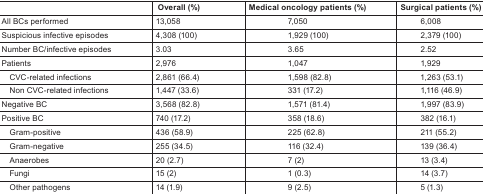
<table><thead><tr><td></td><td><b>Overall (%)</b></td><td><b>Medical oncology patients (%)</b></td><td><b>Surgical patients (%)</b></td></tr></thead><tbody><tr><td>All BCs performed</td><td>13,058</td><td>7,050</td><td>6,008</td></tr><tr><td>Suspicious infective episodes</td><td>4,308 (100)</td><td>1,929 (100)</td><td>2,379 (100)</td></tr><tr><td>Number BC/infective episodes</td><td>3.03</td><td>3.65</td><td>2.52</td></tr><tr><td>Patients</td><td>2,976</td><td>1,047</td><td>1,929</td></tr><tr><td>CVC-related infections</td><td>2,861 (66.4)</td><td>1,598 (82.8)</td><td>1,263 (53.1)</td></tr><tr><td>Non CVC-related infections</td><td>1,447 (33.6)</td><td>331 (17.2)</td><td>1,116 (46.9)</td></tr><tr><td>Negative BC</td><td>3,568 (82.8)</td><td>1,571 (81.4)</td><td>1,997 (83.9)</td></tr><tr><td>Positive BC</td><td>740 (17.2)</td><td>358 (18.6)</td><td>382 (16.1)</td></tr><tr><td>Gram-positive</td><td>436 (58.9)</td><td>225 (62.8)</td><td>211 (55.2)</td></tr><tr><td>Gram-negative</td><td>255 (34.5)</td><td>116 (32.4)</td><td>139 (36.4)</td></tr><tr><td>Anaerobes</td><td>20 (2.7)</td><td>7 (2)</td><td>13 (3.4)</td></tr><tr><td>Fungi</td><td>15 (2)</td><td>1 (0.3)</td><td>14 (3.7)</td></tr><tr><td>Other pathogens</td><td>14 (1.9)</td><td>9 (2.5)</td><td>5 (1.3)</td></tr></tbody></table>